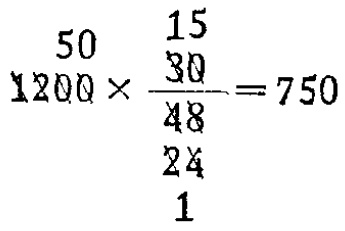
\(1200\times\frac{30}{48}=750\)